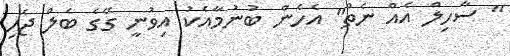
" ސާހިލް އެއް ނެތް" އެހެން ބުނުމާއެކު އިވުނީ ގޭގެ ބެލް ޖެހި